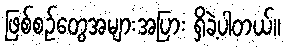
ဖြစ်စဉ်တွေအများအပြား ရှိခဲ့ပါတယ်။